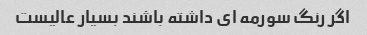
اگر رنگ سورمه ای داشته باشند بسیار عالیست